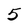
Character: 5